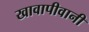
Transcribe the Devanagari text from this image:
खावापीवानी